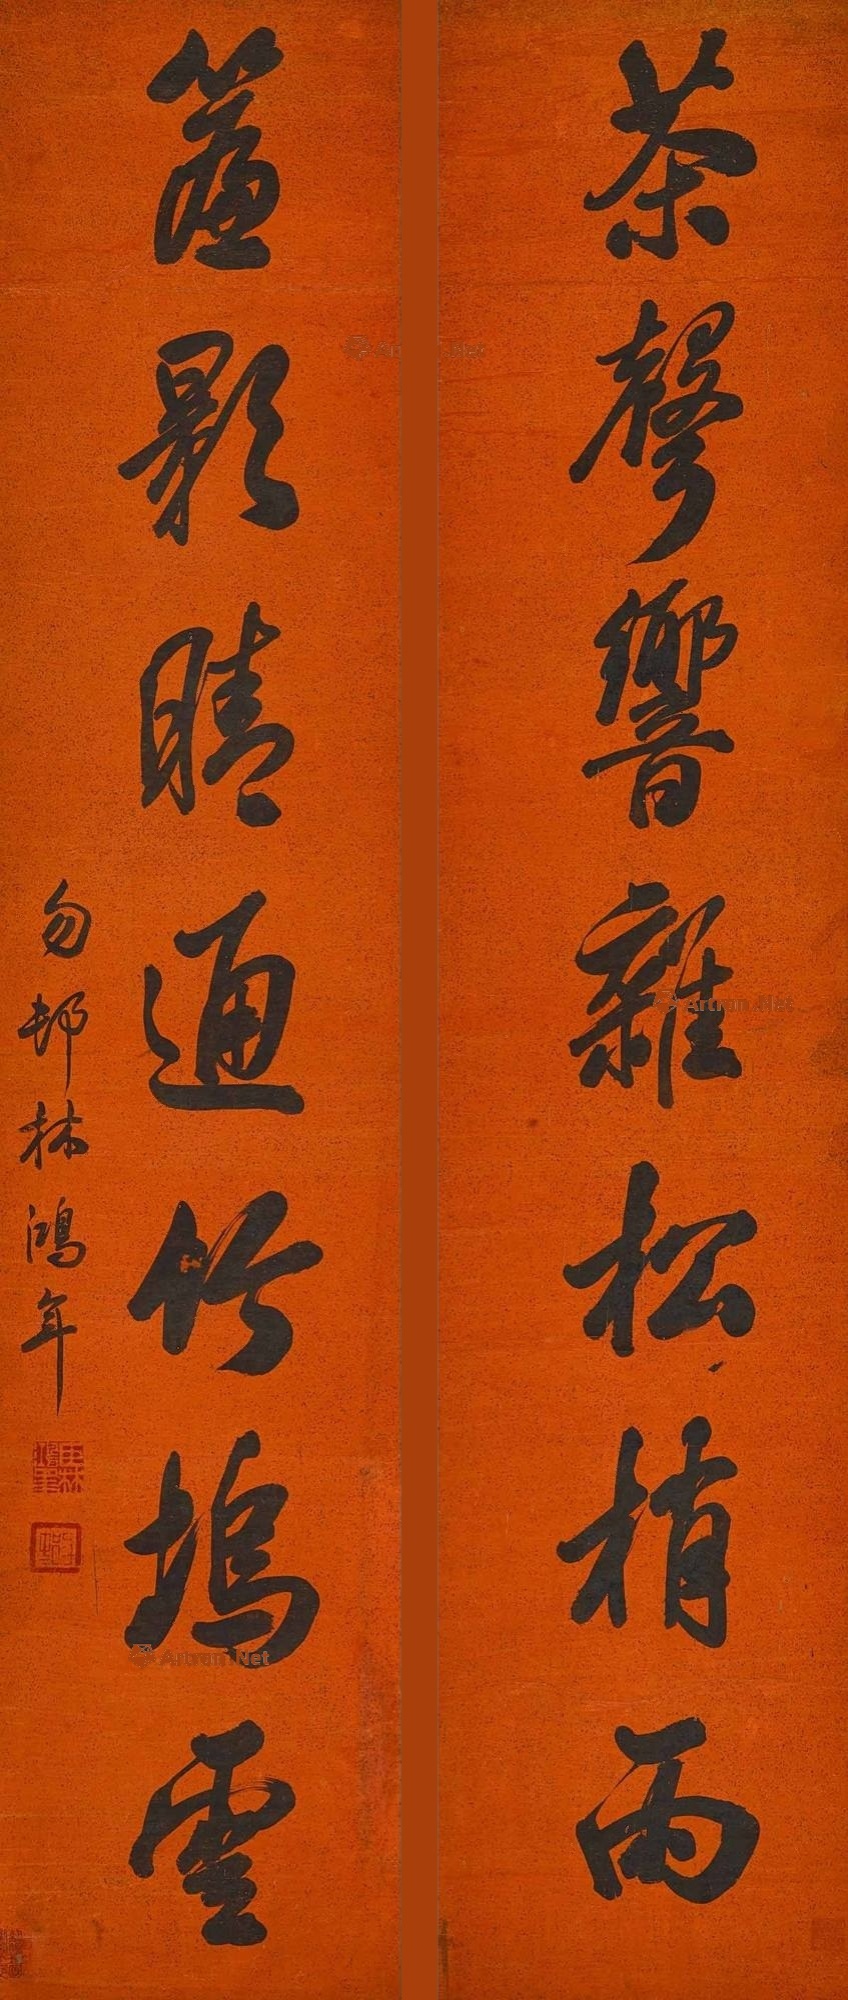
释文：茶声响杂松稍雨，帘影晴通竹坞云。勿邨林鸿年。